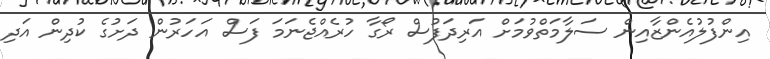
އިންފުލުއެންޒާއިން ސަލާމަތްވުމަށް އަރިދަފުސް ރޯގާ ހުރެއްޖެނަމަ ފަސް އަހަރުން ދަށުގެ ކުދިން އަދި